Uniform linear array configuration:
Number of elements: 12
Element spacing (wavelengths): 0.25
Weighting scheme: blackman
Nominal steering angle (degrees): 30
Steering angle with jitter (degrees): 30.69
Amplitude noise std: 0.05
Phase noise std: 0.05

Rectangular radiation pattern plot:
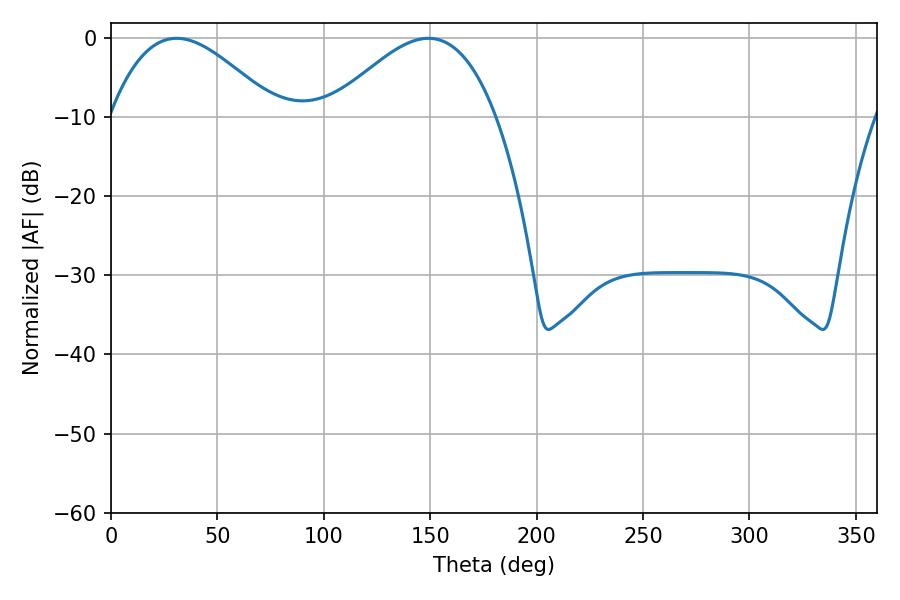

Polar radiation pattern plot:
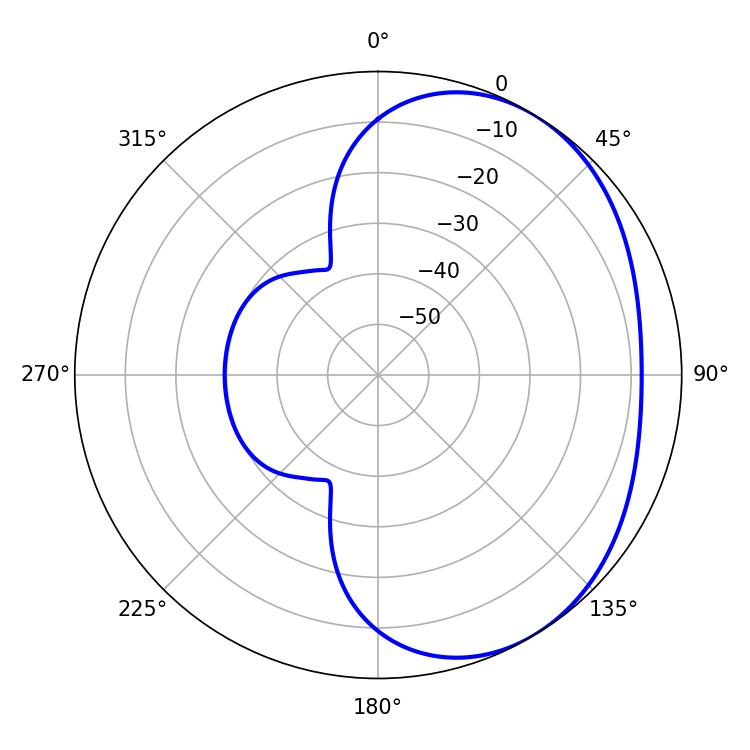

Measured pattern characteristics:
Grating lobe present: FALSE
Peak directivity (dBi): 3.252
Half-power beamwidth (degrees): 42.3
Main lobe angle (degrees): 30.78